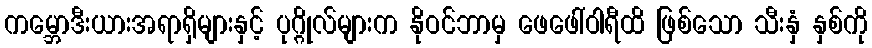
ကမ္ဘောဒီးယားအရာရှိများနှင့် ပုဂ္ဂိုလ်များက နိုဝင်ဘာမှ ဖေဖေါ်ဝါရီထိ ဖြစ်သော သီးနှံ နှစ်ကို